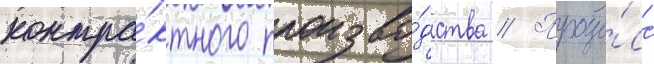
контра́ктного произво́дства // Проце́сс